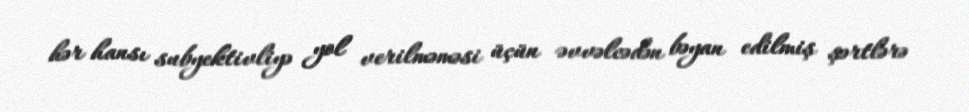
hər hansı subyektivliyə yol verilməməsi üçün əvvəlcədən bəyan edilmiş şərtlərə